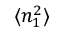
\langle n _ { 1 } ^ { 2 } \rangle